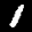
Label: 1